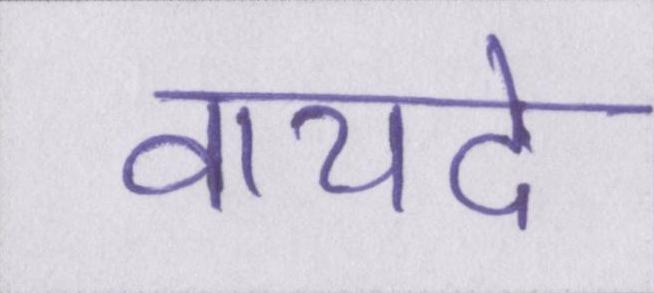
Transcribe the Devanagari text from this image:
वायदे